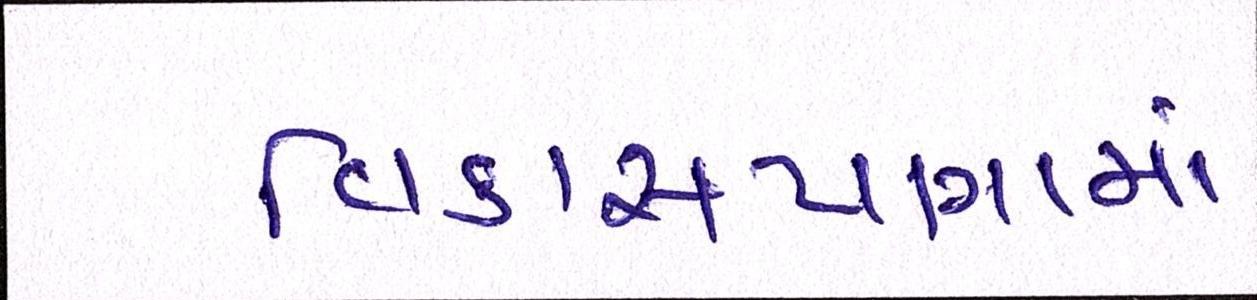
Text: વિકાસયાત્રામાં